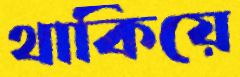
থাকিয়ে